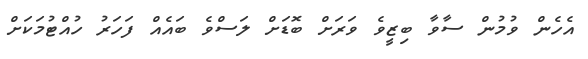
އެހެން ވުމުން ސާވާ ބިޒީވެ ވަރަށް ބޮޑަށް ލަސްވެ ބައެއް ފަހަރު ހުއްޓުމަކަށް